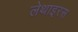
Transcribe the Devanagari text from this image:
लेथाइरस